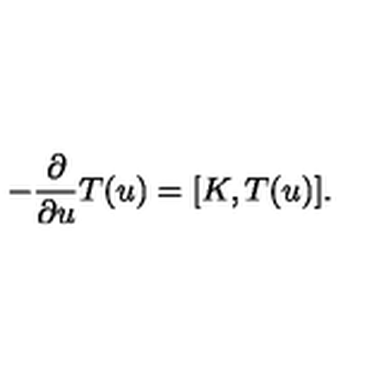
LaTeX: - \frac { \partial } { \partial u } T ( u ) = [ K , T ( u ) ] .